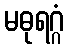
မဓုရဂ္ဂံ